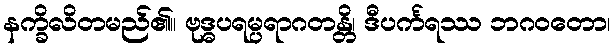
နက္ခိလိတမည်၏။ ဗုဒ္ဓပရမ္ပရာဂတန္တိ၊ ဒီပင်္ကရဿ ဘဂဝတော၊